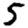
Digit: 5